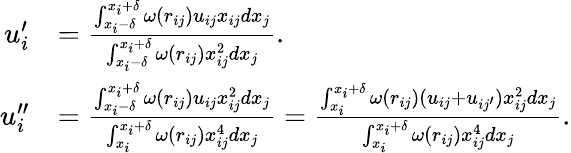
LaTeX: \begin{array}{rl}{u_{i}^{\prime}}&{=\frac{\int_{x_{i}-\delta}^{x_{i}+\delta}\omega(r_{ij})u_{ij}x_{ij}dx_{j}}{\int_{x_{i}-\delta}^{x_{i}+\delta}\omega(r_{ij})x_{ij}^{2}dx_{j}}.}\\ {u_{i}^{\prime\prime}}&{=\frac{\int_{x_{i}-\delta}^{x_{i}+\delta}\omega(r_{ij})u_{ij}x_{ij}^{2}dx_{j}}{\int_{x_{i}}^{x_{i}+\delta}\omega(r_{ij})x_{ij}^{4}dx_{j}}=\frac{\int_{x_{i}}^{x_{i}+\delta}\omega(r_{ij})(u_{ij}+u_{ij^{\prime}})x_{ij}^{2}dx_{j}}{\int_{x_{i}}^{x_{i}+\delta}\omega(r_{ij})x_{ij}^{4}dx_{j}}.}\end{array}